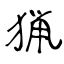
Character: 猟